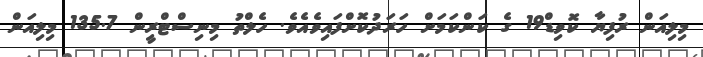
މިލިއަން ރުފިޔާ ކޮވިޑް19 ގެ ކަންކަމަށް ހަރަދުކޮށްފައިވެއެވެ. ހެލްތު މިނިސްޓްރީން 135.7 މިލިއަން